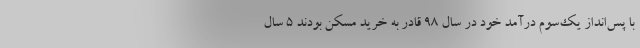
با پس‌انداز یک‌سوم درآمد خود در سال ۹۸ قادر به خرید مسکن بودند ۵ سال